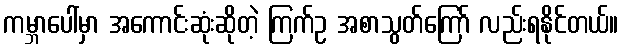
ကမ္ဘာပေါ်မှာ အကောင်းဆုံးဆိုတဲ့ ကြက်ဥ အစာသွတ်ကြော် လည်းရနိုင်တယ်။